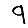
Digit: 9